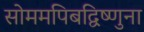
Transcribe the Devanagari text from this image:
सोममपिबद्विष्णुना